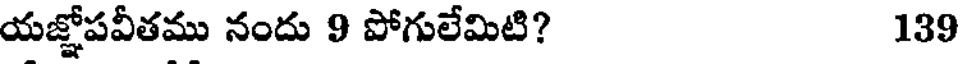
యజ్ఞోపవీతము నందు 9 పోగులేమిటి? 139